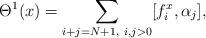
LaTeX: \begin{align*}\Theta^1(x)=\sum_{i+j=N+1,~i,j>0}[f_i^x,\alpha_j],\end{align*}